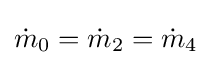
{\dot {m}}_{0}={\dot {m}}_{2}={\dot {m}}_{4}